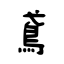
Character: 鳶